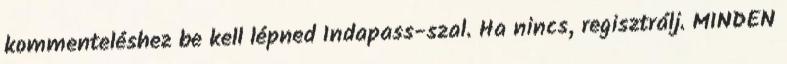
kommenteléshez be kell lépned Indapass-szal. Ha nincs, regisztrálj. MINDEN